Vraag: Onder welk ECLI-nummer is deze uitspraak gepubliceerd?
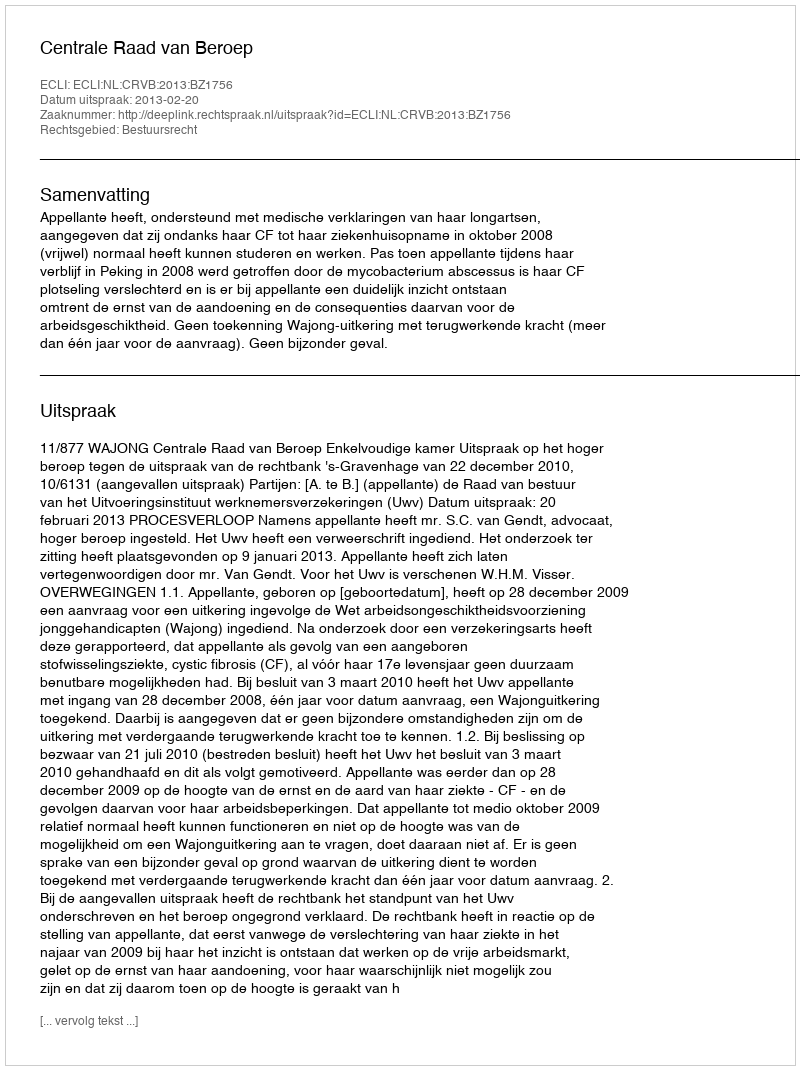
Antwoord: ECLI:NL:CRVB:2013:BZ1756